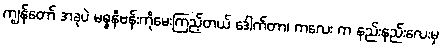
ကျွန်တော် အခုပဲ မစ္စနီဗန်းကိုမေးကြည့်တယ် ဒေါက်တာ၊ ကလေး က နည်းနည်းလေးမှ